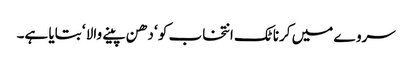
سروے میں کرناٹک انتخاب کو ‘ دھن پینے والا ‘ بتایا ہے۔